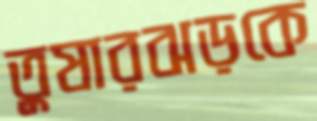
তুষারঝড়কে